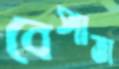
বেপাত্তা